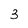
Character: 3